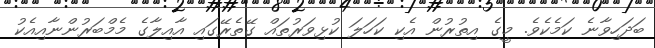
ބަދަހިވާނެ ކަމެކެވެ. މީގެ އިތުރުން އެކި ކަހަލަ ކުޅިވަރުތައް ގޭތެރޭގައި އާއިލާގެ މެމްބަރުންނާއިއެކު